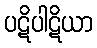
ပဋိပါဋိယာ